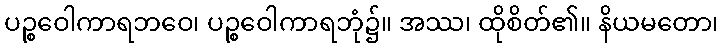
ပဉ္စဝေါကာရဘဝေ၊ ပဉ္စဝေါကာရဘုံ၌။ အဿ၊ ထိုစိတ်၏။ နိယမတော၊